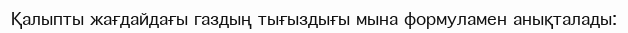
Қалыпты жағдайдағы газдың тығыздығы мына формуламен анықталады: